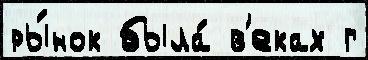
ры́нок была́ в'еках г